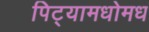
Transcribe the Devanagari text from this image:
पिट्यामधोमध